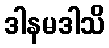
ဒါနမဒါသိ